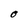
Character: O